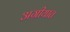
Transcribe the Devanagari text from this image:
अग्रीयात